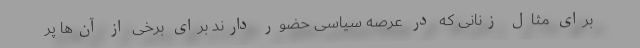
برای مثال زنانی که در عرصه سیاسی حضور دارند برای برخی از آن‌ها پر